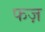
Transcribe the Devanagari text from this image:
फज़